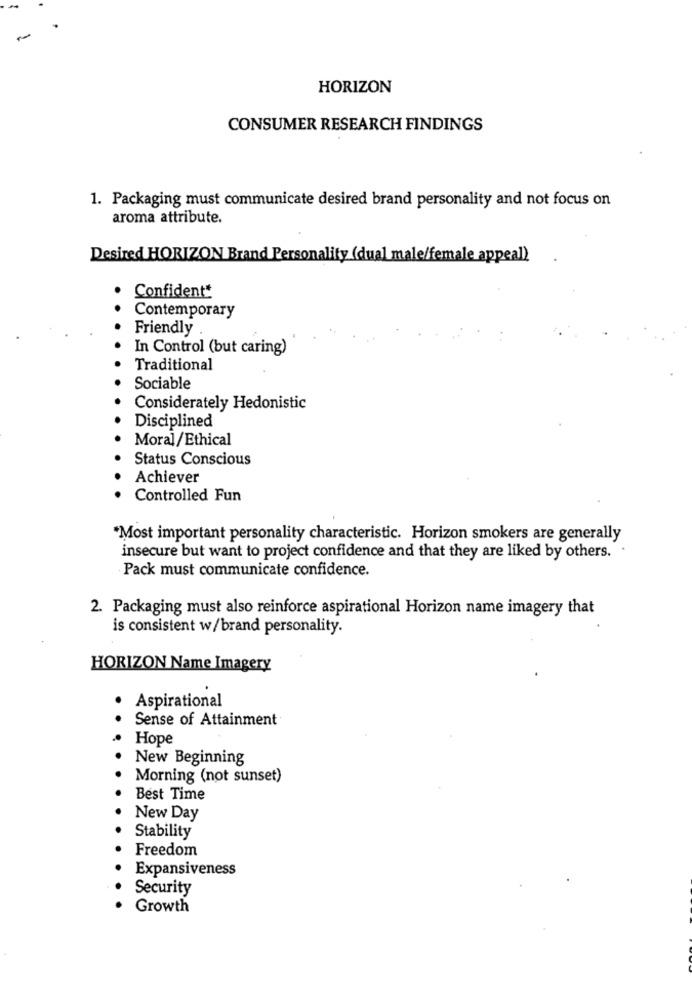
HORIZON
CONSUMER RESEARCH FINDINGS
1. Packaging must communicate desired brand personality and not focus on
aroma attribute.
Desired HORIZON Brand Personality (dual male/female appeal)
Confident*
Contemporary
Friendly
In Control (but caring)
Traditional
Sociable
Considerately Hedonistic
Disciplined
Moral/Ethical
Status Conscious
Achiever
Controlled Fun
*Most important personality characteristic. Horizon smokers are generally
insecure but want to project confidence and that they are liked by others. .
Pack must communicate confidence.
2. Packaging must also reinforce aspirational Horizon name imagery that
is consistent w/brand personality.
HORIZON Name Imagery
Aspirational
.
.
Sense of Attainment
Hope
New Beginning
Morning (not sunset)
Best Time
New Day
Stability
Freedom
Expansiveness
Security
Growth